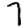
Digit: 7